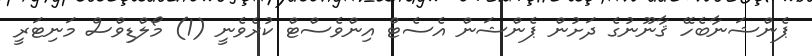
ޕެންޝަނާބެހޭ ޤާނޫނުގެ ދަށުން ޕެންޝަން އެސެޓް އިންވެސްޓް ކުރެވެނީ (1) މޯލްޑިވްސް މަނިޓަރީ